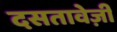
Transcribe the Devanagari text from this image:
दसतावेज़ी